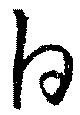
白